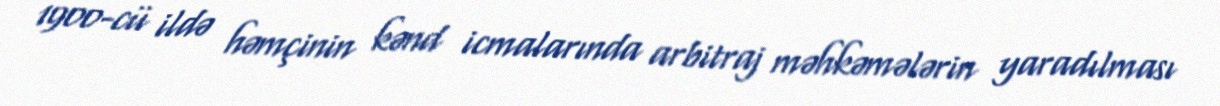
1900-cü ildə həmçinin kənd icmalarında arbitraj məhkəmələrin yaradılması